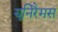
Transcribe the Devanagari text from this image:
यूनिरैमस